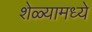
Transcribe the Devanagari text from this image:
शेळ्यामध्ये